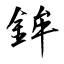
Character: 鉾